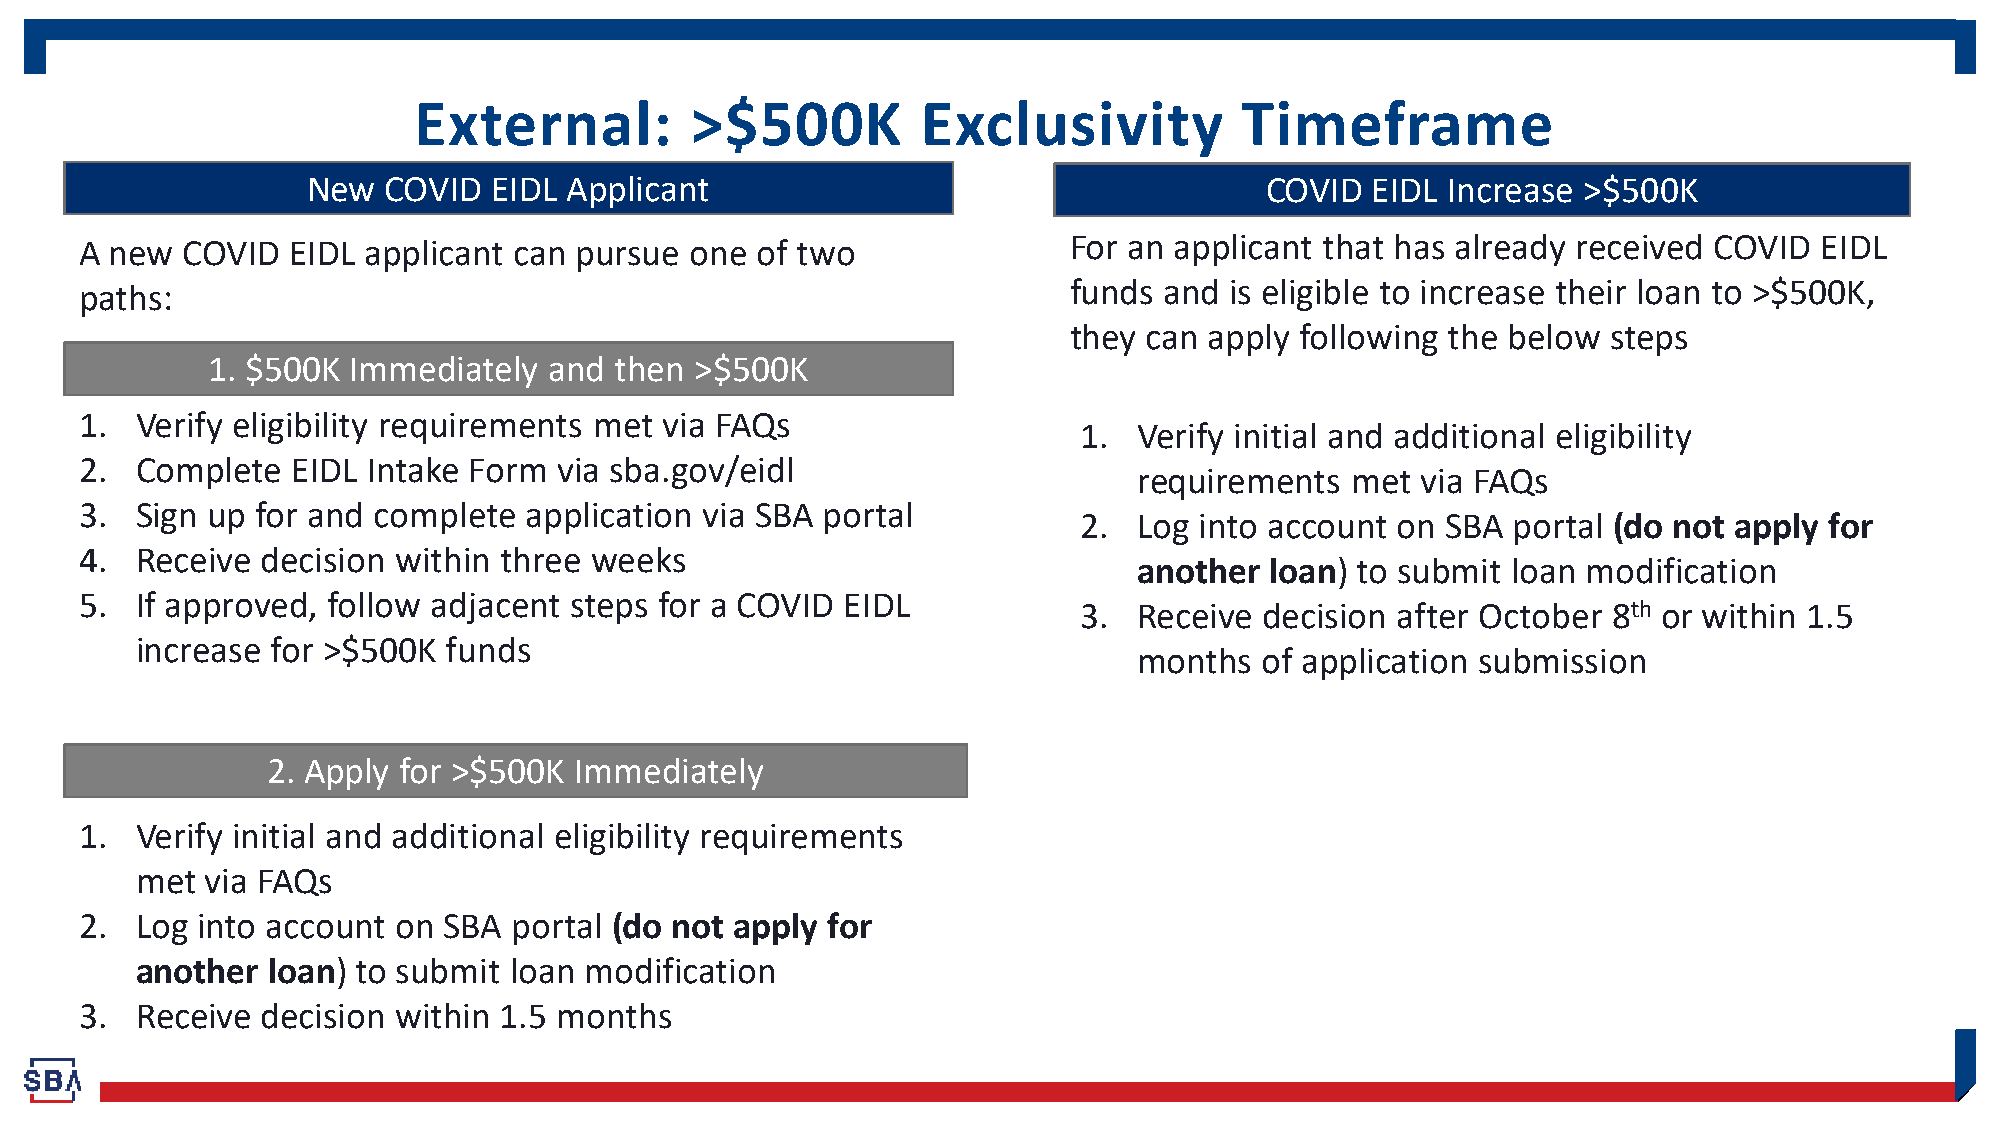
External:          >$500K         Exclusivity          Timeframe
 New  COVID   EIDL Applicant                                     COVID  EIDL Increase >$500K
 For an applicant that has already received COVID EIDL
 A new  COVID  EIDL applicant can pursue  one of two
 funds and is eligible to increase their loan to >$500K,
 paths:
 they can apply following the below  steps
 1. $500K Immediately  and  then >$500K
 1.  Verify eligibility requirements met via FAQs
 1.  Verify initial and additional eligibility
 2.  Complete  EIDL Intake Form  via sba.gov/eidl
 requirements  met  via FAQs
 3.  Sign up for and complete  application via SBA portal
 2.  Log into account on  SBA portal (do not apply for
 4.  Receive decision within three weeks
 another  loan) to submit loan modification
 5.  If approved, follow adjacent steps for a COVID EIDL
 3.  Receive  decision after October 8th or within 1.5
 increase for >$500K  funds
 months  of application submission
 2. Apply for >$500K Immediately
 1.  Verify initial and additional eligibility requirements
 met  via FAQs
 2.  Log into account on SBA  portal (do not apply for
 another  loan) to submit loan modification
 3.  Receive decision within 1.5 months
 SBA.gov/EIDL